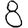
Digit: 8